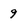
Character: 9